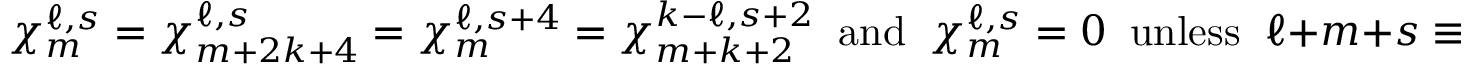
\chi _ { m } ^ { \ell , s } = \chi _ { m + 2 k + 4 } ^ { \ell , s } = \chi _ { m } ^ { \ell , s + 4 } = \chi _ { m + k + 2 } ^ { k - \ell , s + 2 } \; \; \mathrm { a n d } \; \; \chi _ { m } ^ { \ell , s } = 0 \; \; \mathrm { u n l e s s } \; \; \ell + m + s \equiv 0 \; \; \mathrm { m o d } \; 2 ~ ,